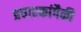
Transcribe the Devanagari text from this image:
प्रचारकांपैकी